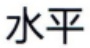
水平